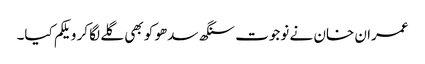
عمران خان نے نوجوت سنگھ سدھو کو بھی گلے لگا کر ویلکم کیا۔